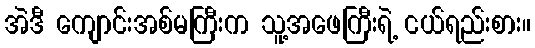
အဲဒီ ကျောင်းအစ်မကြီးက သူ့အဖေကြီးရဲ့ ငယ်ရည်းစား။